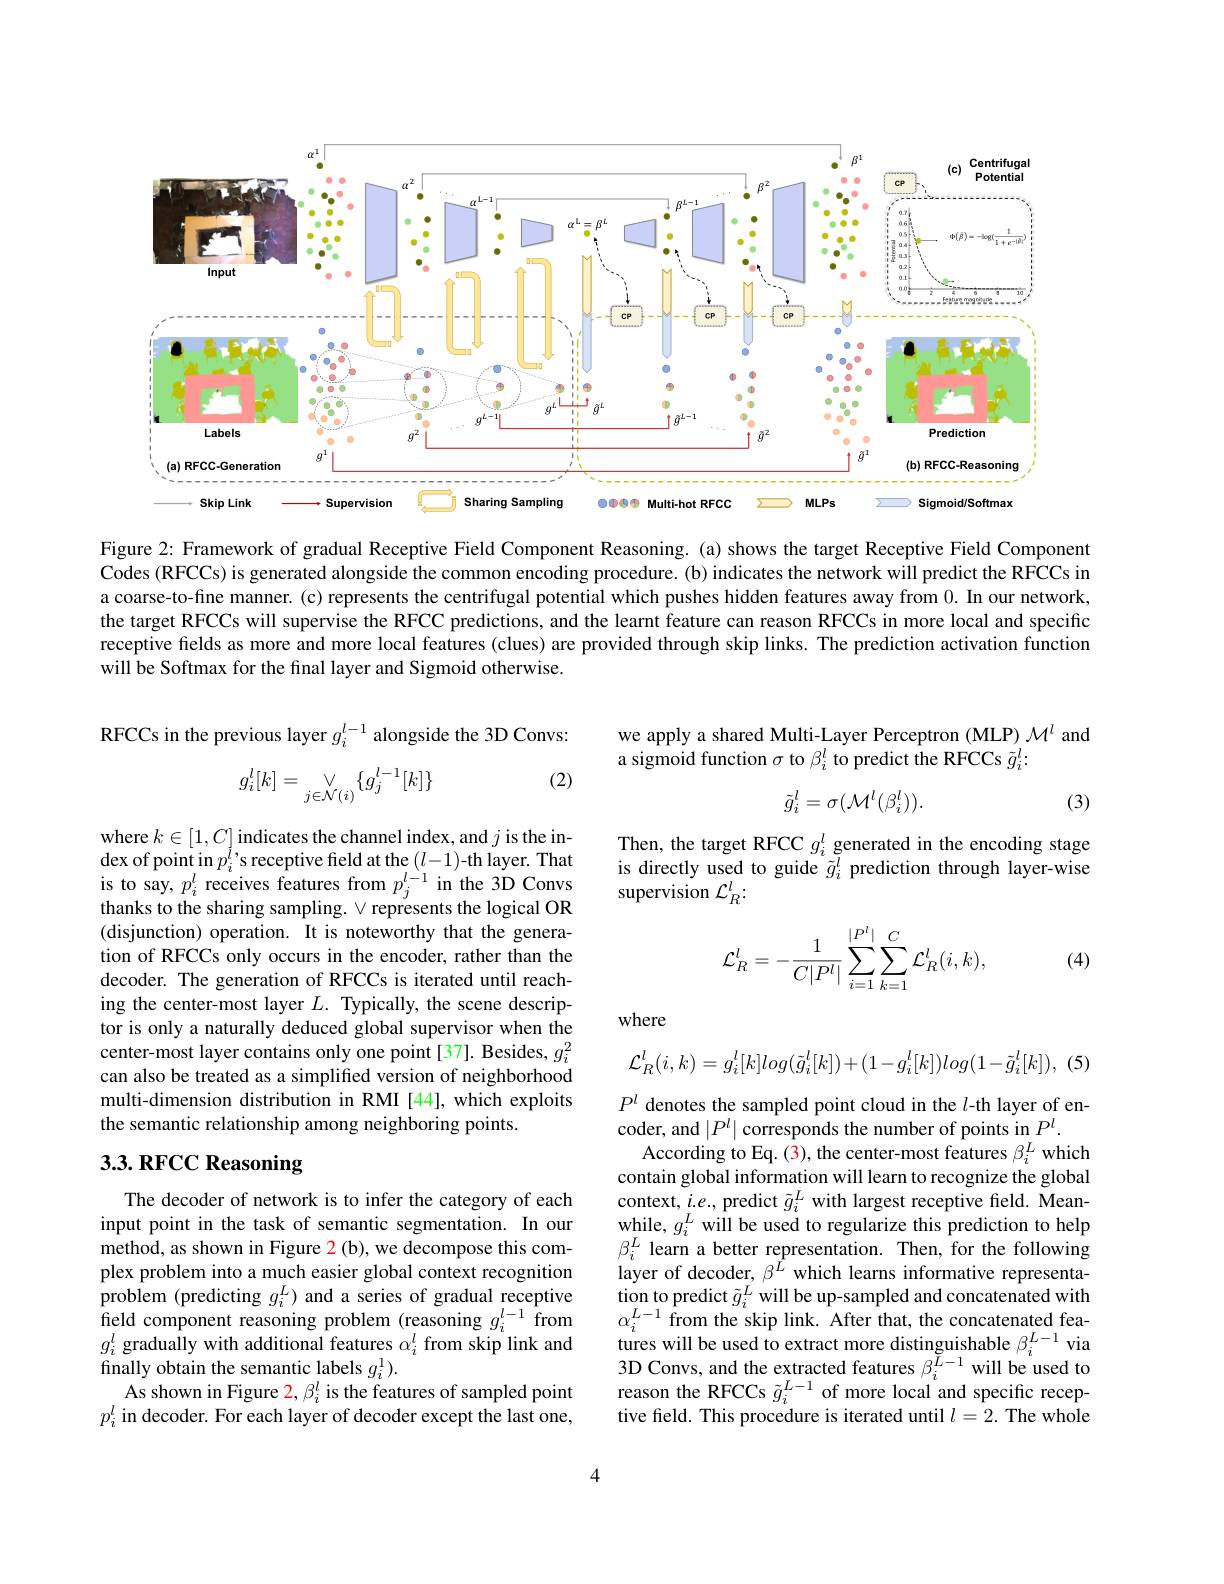
<FigureHere>

Figure 2: Framework of gradual Receptive Field Component Reasoning. (a) shows the target Receptive Field Component Codes (RFCCs) is generated alongside the common encoding procedure. (b) indicates the network will predict the RFCCs in a coarse-to-fine manner. (c) represents the centrifugal potential which pushes hidden features away from 0. In our network, the target RFCCs will supervise the RFCC predictions, and the learnt feature can reason RFCCs in more local and specific receptive fields as more and more local features (clues) are provided through skip links. The prediction activation function will be Softmax for the final layer and Sigmoid otherwise.

RFCCs in the previous layer $g_i^{l-1}$ alongside the 3D Convs:

we apply a shared Multi-Layer Perceptron (MLP) $\mathcal{M}^l$ and
a sigmoid function $\sigma$ to $\beta_i^l$ to predict the RFCCs $\tilde{g}_i^l:$
$$g_i^l[k]=\underset{j\in\mathcal{N}(i)}{\vee}\{g_j^{l-1}[k]\}$$
(2)
$$\tilde{g}_{i}^{l}=\sigma(\mathcal{M}^{l}(\beta_{i}^{l})).$$
(3)

Then, the target RFCC $g_i^l$ generated in the encoding stage is directly used to guide $\tilde{g}_i^l$ prediction through layer-wise supervision $\mathcal{L}_R^l.$
$$\mathcal{L}_R^l=-\frac{1}{C|P^l|}\sum_{i=1}^{|P^l|}\sum_{k=1}^C\mathcal{L}_R^l(i,k),$$
(4)

where $k\in[1,C]$ indicates the channel index, and $j$ is the in- $\operatorname*{dex~of~point~in~}p_{i}^{l}$'s receptive field at the $(l-1)$-th layer. That $\begin{array}{l}{\mathrm{is~to~say,~}p_{i}^{l}}&{\mathrm{receives~features~from~}p_{j}^{l-1}\text{in the 3D Convs}}\\{\mathrm{thanks~to~the~sharing~sampling.~}\vee\text{represents the logical OR}}\end{array}$ (disjunction) operation. It is noteworthy that the generation of RFCCs only occurs in the encoder, rather than the decoder. The generation of RFCCs is iterated until reaching the center-most layer $L.$ Typically, the scene descriptor is only a naturally deduced global supervisor when the center-most layer contains only one point [37]. Besides, $g_i^2$ can also be treated as a simplifed version of neighborhood multi-dimension distribution in RMI [44], which exploits the semantic relationship among neighboring points

where
$$\mathcal{L}_{R}^{l}(i,k)=g_{i}^{l}[k]log(\tilde{g}_{i}^{l}[k])+(1-g_{i}^{l}[k])log(1-\tilde{g}_{i}^{l}[k]),$$
(5

# 3.3. RFCC Reasoning

$P^l$ denotes the sampled point cloud in the $l$-th layer of encoder, and$\left | P^{l}\right |$corresponds the number of points in $P^{l}.$ According to Eq. ( 3) , the center- most features $\beta _{i}^{L}$ which contain global information will learn to recognize the global context, $i.e.$, predict $\tilde{g}_i^L$ with largest receptive field. Meanwhile, $g_{i}^{L}$ will be used to regularize this prediction to help $\beta_{i}^{L}$ learn a better representation. Then, for the following layer of decoder, $\beta^{\hat{L}}$ which learns informative representation to predict $\tilde{g}_i^L$ will be up-sampled and concatenated with $\alpha_{i}^{L-1}$ from the skip link. After that, the concatenated fea- $\begin{array}{l}{\mathrm{tures~will~be~used~to~extract~more~distinguishable~}\beta_{i}^{L-1}~via}\\{3\mathrm{D~Convs,~and~the~extracted~features~}\beta_{i}^{L-1}~will~be~used~to}\end{array}$ reason the RFCCs $\tilde{g}_i^{L-1}$ of more local and specific receptive field. This procedure is iterated until $l=2.$ The whole

The decoder of network is to infer the category of each input point in the task of semantic segmentation. In our method, as shown in Figure 2(b), we decompose this complex problem into a much easier global context recognition problem (predicting $g_i^L)$ and a series of gradual receptive field component reasoning problem (reasoning $g_i^l-1$ from $g_i^l$ gradually with additional features $\alpha_i^l$ from skip link and finally obtain the semantic labels $g_i^1).$
As shown in Figure $2,\beta_i^l$ is the features of sampled point $p_i^l$ in decoder. For each layer of decoder except the last one,